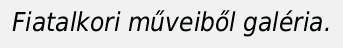
Fiatalkori műveiből galéria.